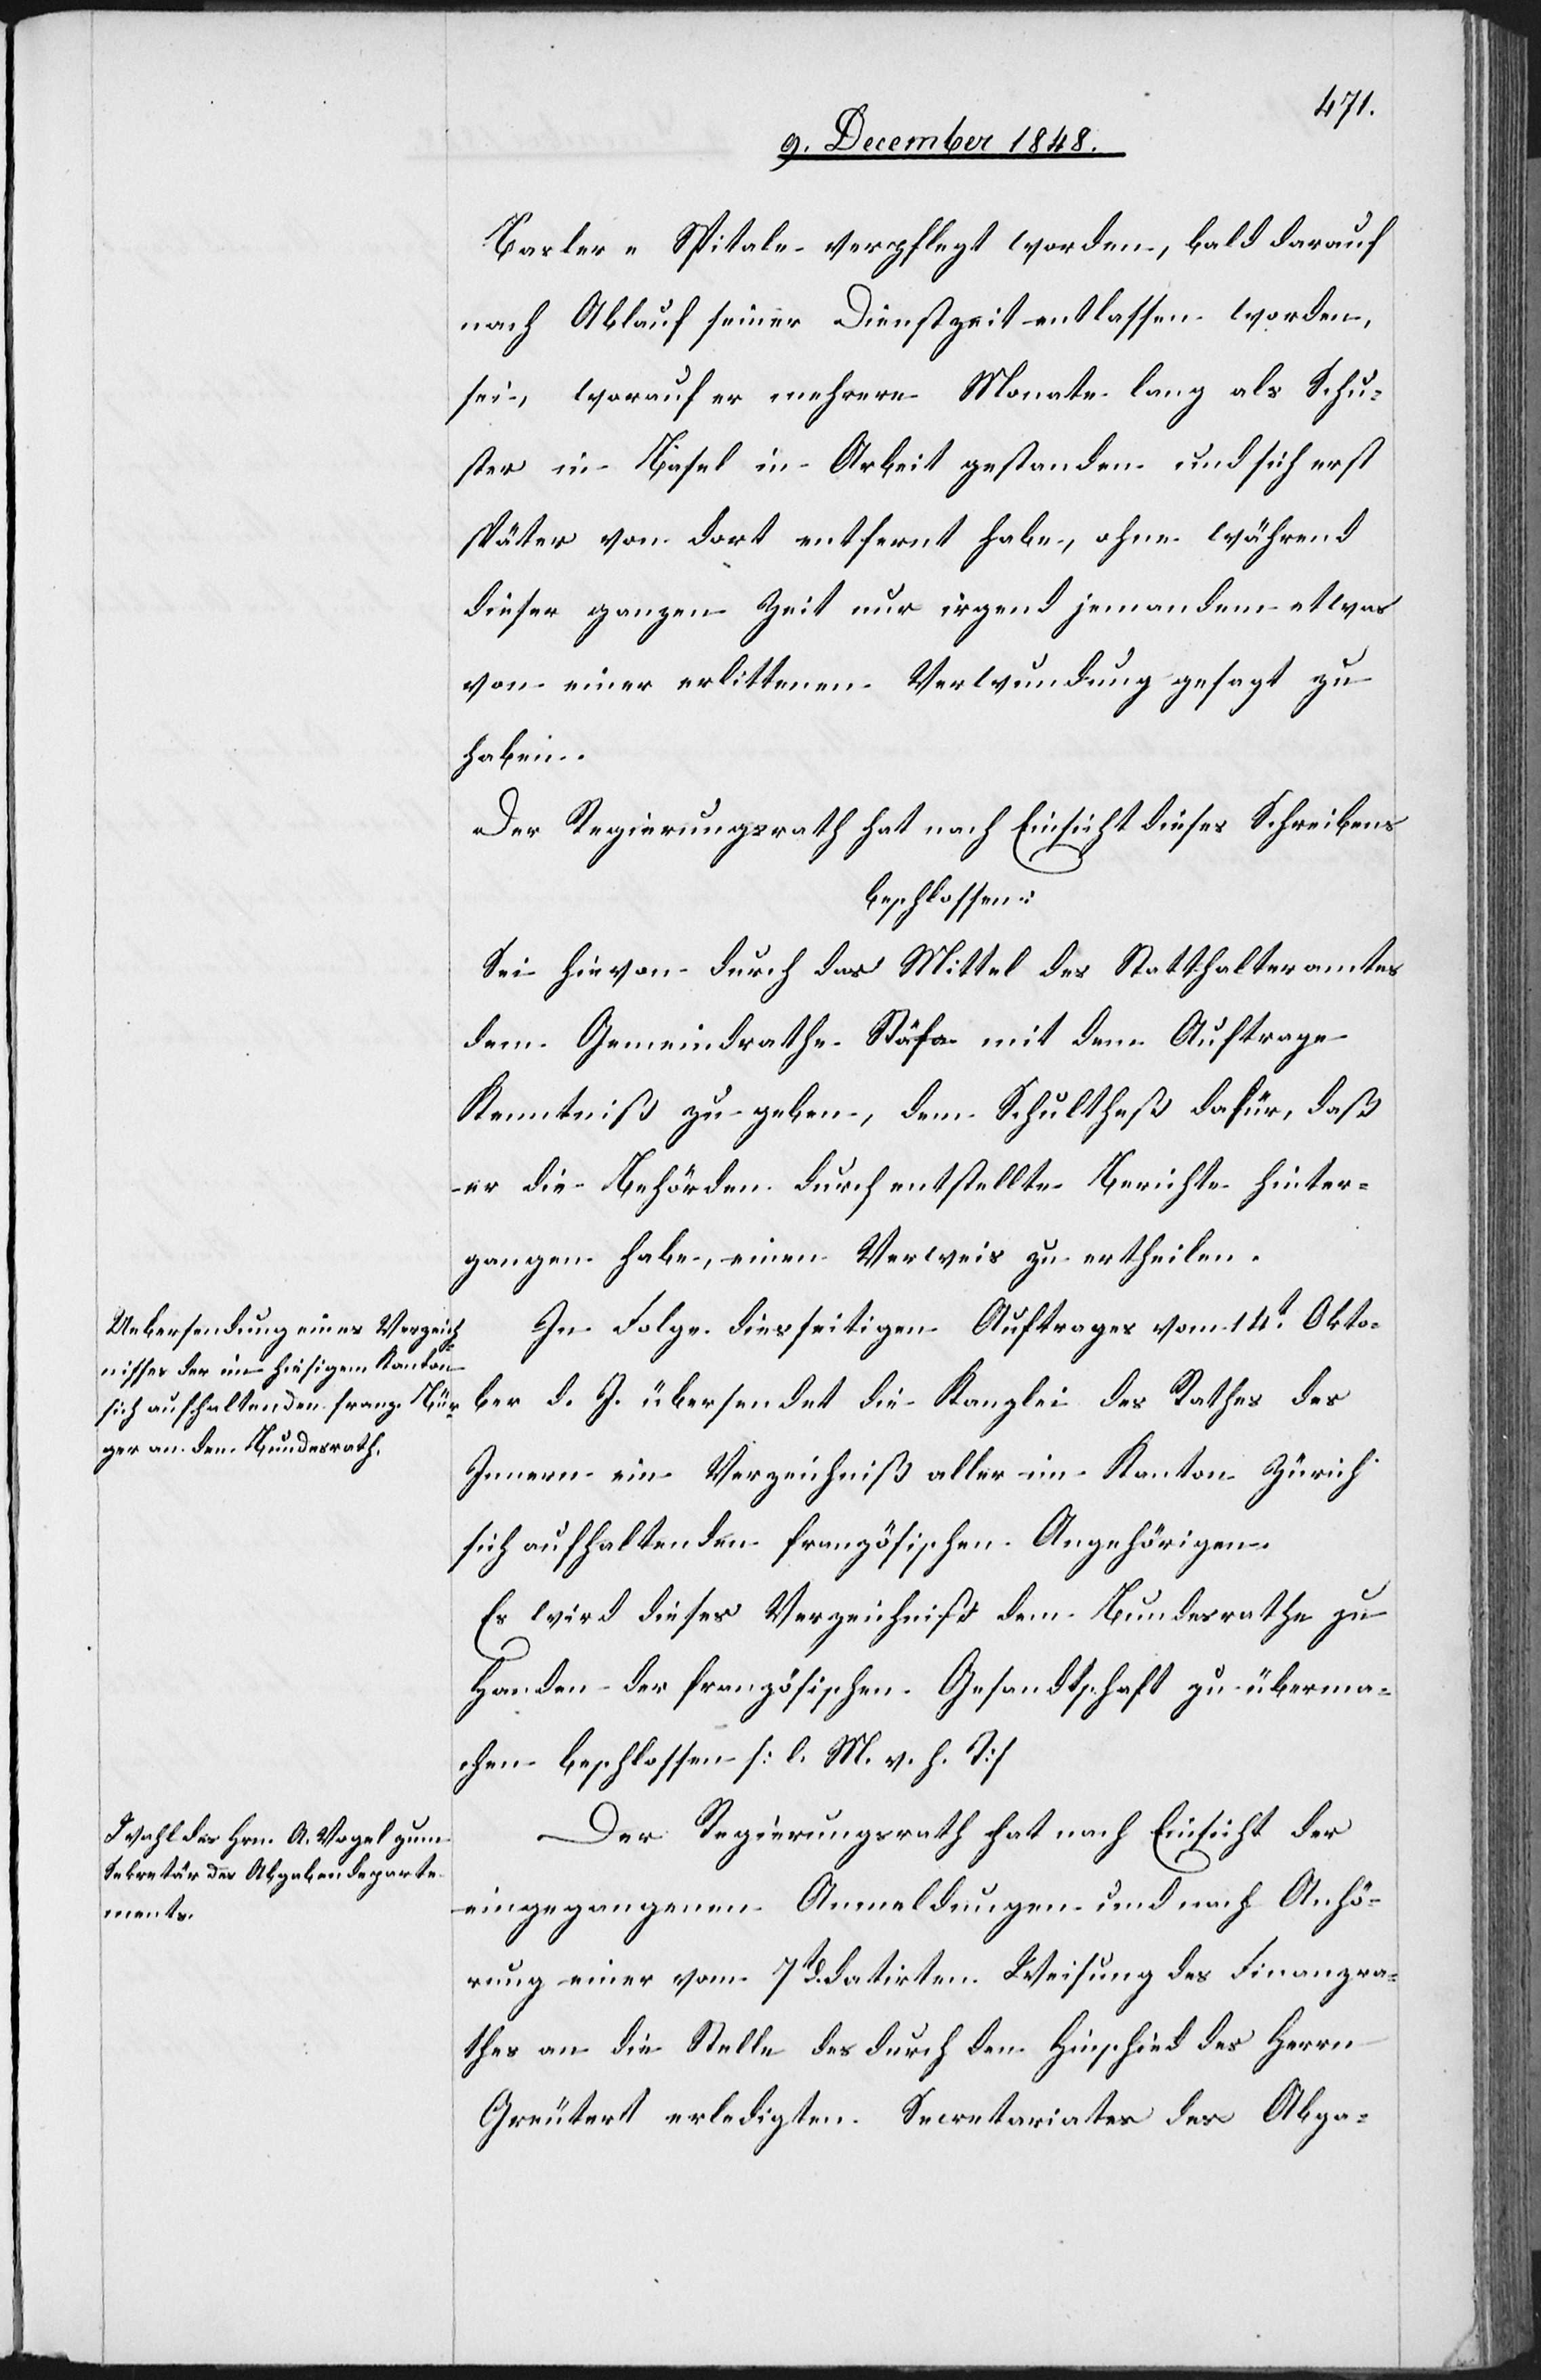
Basler-Spitale verpflegt worden, bald darauf
nach Ablauf seiner Dienstzeit entlassen worden
sei, worauf er mehrere Monate lang als Schu¬
ster in Basel in Arbeit gestanden und sich erst
später von dort entfernt habe, ohne während
dieser ganzen Zeit nur irgend jemandem etwas
von einer erlittenen Verwundung gesagt zu
haben.
Der Regierungsrath hat nach Einsicht dieses Schreibens
beschlossen:
Sei hievon durch das Mittel des Statthalteramtes
dem Gemeindrathe Stäfa mit dem Auftrage
Kenntniß zu geben, dem Schultheß dafür, daß
er die Behörden durch entstellte Berichte hinter¬
gangen habe, einen Verweis zu ertheilen.
In Folge diesseitigen Auftrages vom 14t Okto¬
ber d. J. übersendet die Kanzlei des Rathes des
Innern ein Verzeichniß aller im Kanton Zürich
sich aufhaltenden französischen Angehörigen.
Es wird dieses Verzeichniß dem Bundesrathe zu
Handen der französischen Gesandtschaft zu überma¬
chen beschlossen [l. M. v. h. T]
Der Regierungsrath hat nach Einsicht der
eingegangenen Anmeldungen und nach Anhö¬
rung einer vom 7t datirten Weisung des Finanzra¬
thes an die Stelle des durch den Hinschied des Herrn
Greutert erledigten Secretariates des Abga-